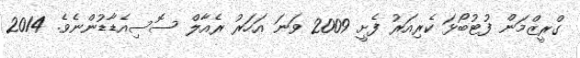
ގްރީޒްމަން ފުޓުބޯޅަ ކެރިއަރު ފެށީ 2009 ވަނަ އަހަރު ރެއާލް ސޮސިއެޑާޑުންނެވެ. 2014